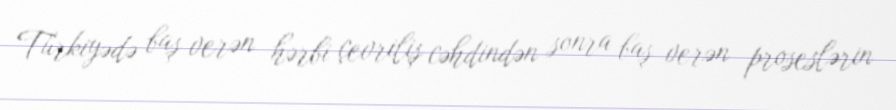
Türkiyədə baş verən hərbi çevriliş cəhdindən sonra baş verən proseslərin